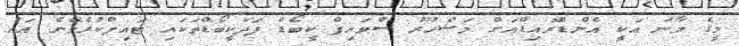
މީގެ މާނަ އަކީ އެންޑްރޮއިޑްއަށް މަޝްހޫރު ސްވައިޕް ކީބޯޑް ފަދަކީބޯޑްތަކައި ޓައިޕްކުރެވޭނެ އައު